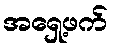
အရှေ့ဖက်